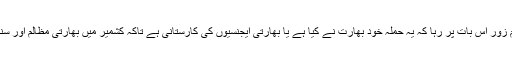
اس حملے کے بعد جو پاکستانی ریاستی بیانئے بنے اس کا تمام زور اس بات پر رہا کہ یہ حملہ خود بھارت نے کیا ہے یا بھارتی ایجنسیوں کی کارستانی ہے تاکہ کشمیر میں بھارتی مظالم اور سنگین انسانی حقوق خلاف ورزیوں سے عالمی توجہ ہٹائی جائے۔